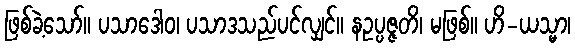
ဖြစ်ခဲ့သော်။ ပသာဒေါဝ၊ ပသာဒသည်ပင်လျှင်။ နဥပ္ပဇ္ဇတိ၊ မဖြစ်။ ဟိ-ယသ္မာ၊